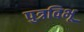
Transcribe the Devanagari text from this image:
पुत्रविभू